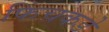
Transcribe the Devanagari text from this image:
फिंचकडे